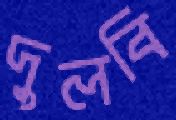
দুলবি